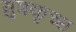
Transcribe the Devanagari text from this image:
मुत्रकृच्छ